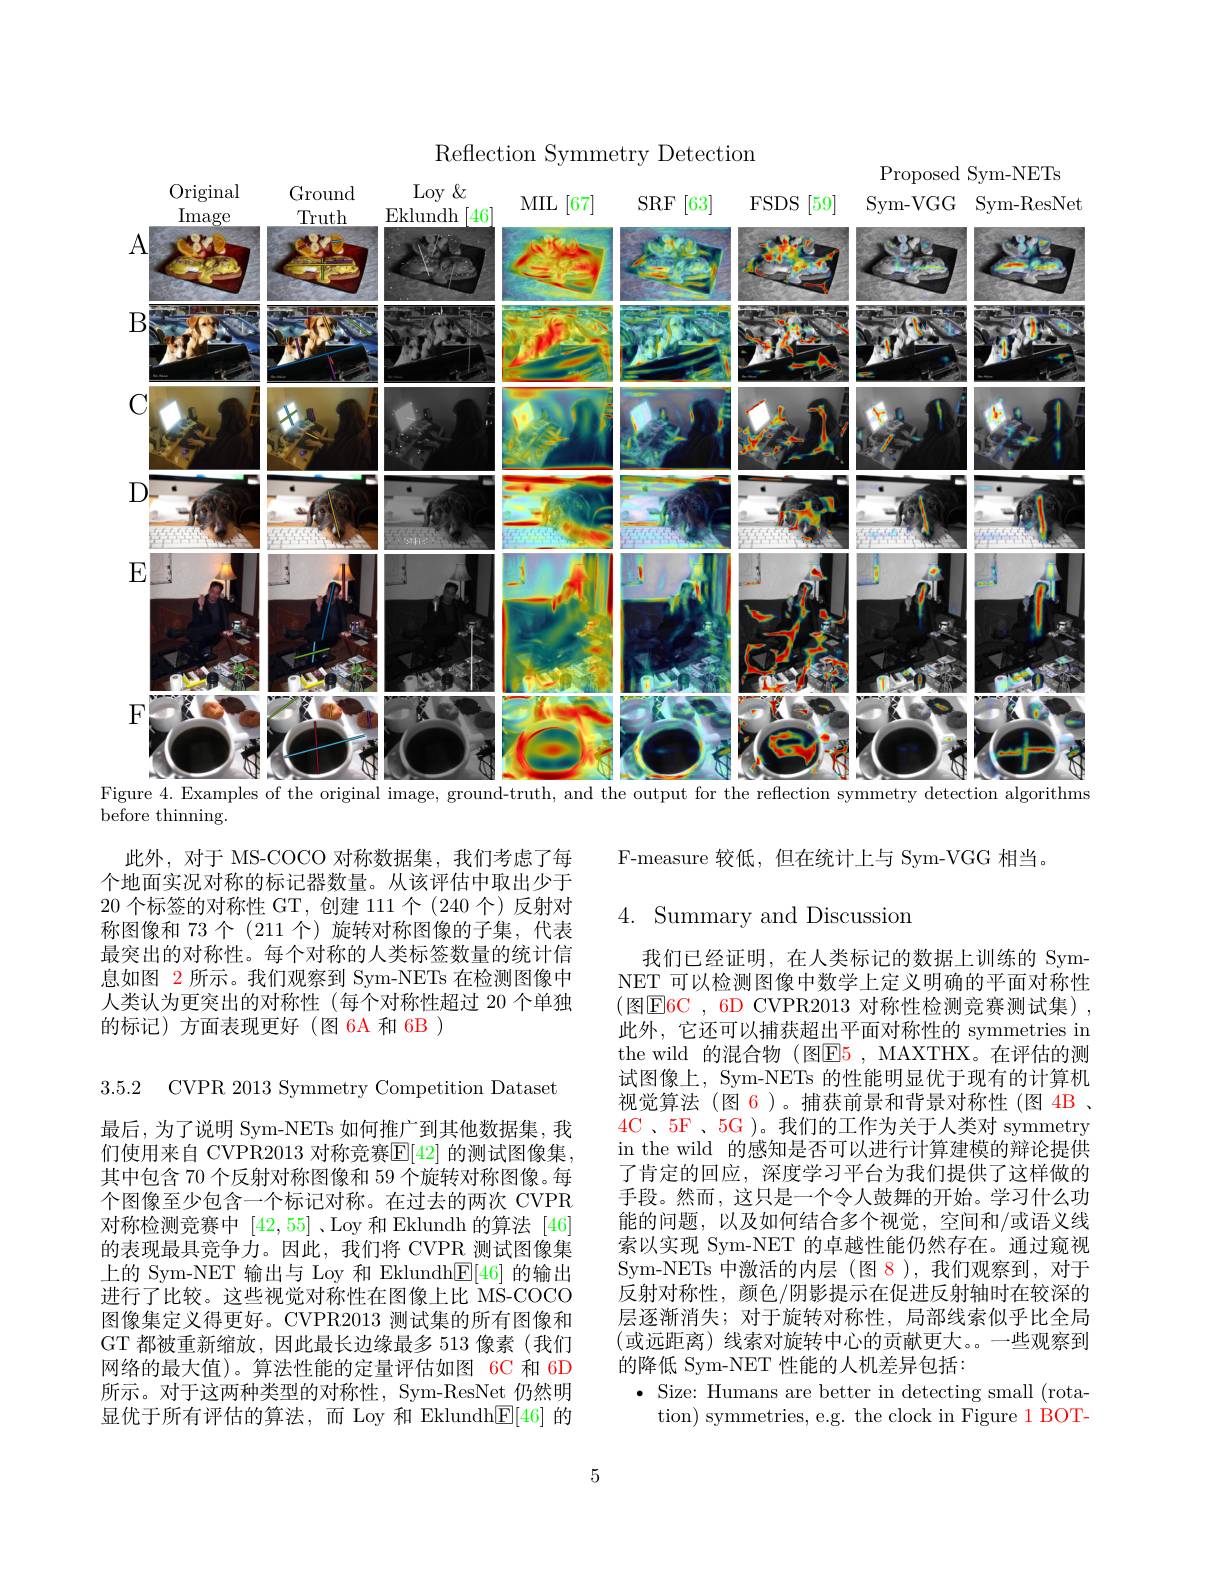
Reflection Symmetry Detection

Proposed Sym-NETs
<FigureHere>
Figure 4. Examples of the original image, ground-truth, and the output for the reflection symmetry detection algorithms

$\overset{\smile}{\operatorname*{\operatorname*{before~thinning.}}}$

F-measure 较低，但在统计上与 Sym-VGG 相当。

4. Summary and Discussion

此外，对于 MS-COCO 对称数据集，我们考虑了每个地面实况对称的标记器数量。从该评估中取出少于20个标签的对称性 GT,创建 111 个(240 个)反射对称图像和 73 个 (211 个) 旋转对称图像的子集，代表最突出的对称性。每个对称的人类标签数量的统计信息如图 2 所示。我们观察到 Sym-NETs 在检测图像中人类认为更突出的对称性(每个对称性超过 20 个单独的标记)方面表现更好(图 6A 和 6B )

3.5.2 CVPR 2013 Symmetry Competition Dataset

我们已经证明，在人类标记的数据上训练的 SymNET 可以检测图像中数学上定义明确的平面对称性(图E6C , 6D CVPR2013 对 称 性 检 测 竞 赛 测 试 集 ) , 此外，它还可以捕获超出平面对称性的 symmetries in the wild 的混合物 (图$\color{red}{\mathrm{E}}\color{red}{\mathrm{5}}$, MAXTHX。在评估的测试图像上，Sym-NETs 的性能明显优于现有的计算机视觉算法 (图 6)。捕获前景和背景对称性 (图 4B 、 4C 、5F 、5G )。我们的工作为关于人类对 symmetry in the wild 的感知是否可以进行计算建模的辩论提供了肯定的回应，深度学习平台为我们提供了这样做的手段。然而，这只是一个令人鼓舞的开始。学习什么功能的问题，以及如何结合多个视觉，空间和/或语义线索以实现 Sym-NET 的卓越性能仍然存在。通过窥视Sym-NETs 中激活的内层 (图 8),我们观察到，对于反射对称性，颜色/阴影提示在促进反射轴时在较深的层逐渐消失；对于旋转对称性，局部线索似乎比全局(或远距离) 线索对旋转中心的贡献更大。一些观察到的降低 Sym-NET 性能的人机差异包括：
$\bullet$ Size: Humans are better in detecting small (rota-
tion) symmetries, e.g. the clock in Figure 1 BOT-

最后，为了说明 Sym-NETs 如何推广到其他数据集，我们使用来自 CVPR2013 对称竞赛$\mathbb{E}[42]$ 的测试图像集， 其中包含 70 个反射对称图像和 59 个旋转对称图像。每个图像至少包含一个标记对称。在过去的两次 CVPR 对称检测竞赛中[42,55] 、Loy 和 Eklundh 的算法 [46] 的表现最具竞争力。因此，我们将 CVPR 测试图像集上的 Sym-NET 输出与 Loy 和 EklundhE[ 46] 的输出进行了比较。这些视觉对称性在图像上比 MS-COCO 图像集定义得更好。CVPR2013 测试集的所有图像和GT 都被重新缩放，因此最长边缘最多 513 像素 (我们网络的最大值)。算法性能的定量评估如图 6C 和 6D 所示。对于这两种类型的对称性，Sym-ResNet 仍然明显优于所有评估的算法，而 Loy 和 Eklundh$\underline{\mathrm{F}}[46]$的

5